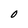
Character: O